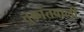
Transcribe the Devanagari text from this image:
तुकांतवाली